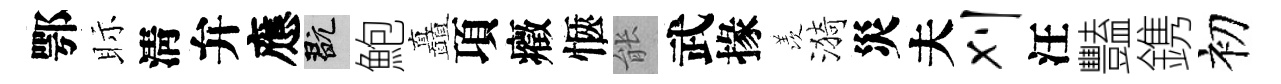
鄂眎淸弁應玩鮑矗項癥愜䏻武掾羡漪災夫刈汪豔鎸初